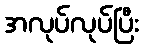
အလုပ်လုပ်ပြီး